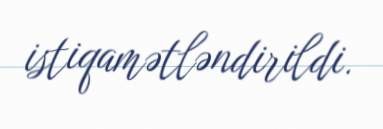
istiqamətləndirildi.